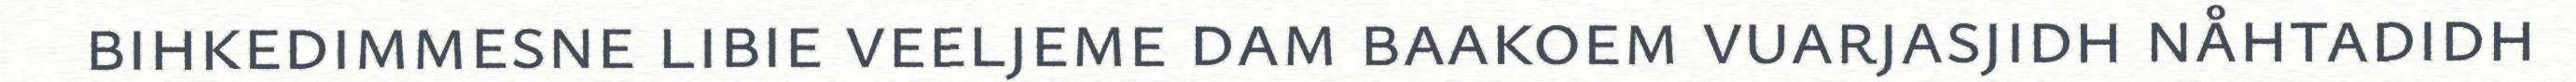
bihkedimmesne libie veeljeme dam baakoem vuarjasjidh nåhtadidh